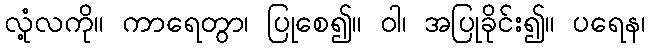
လုံ့လကို။ ကာရေတွာ၊ ပြုစေ၍။ ဝါ၊ အပြုခိုင်း၍။ ပရေန၊